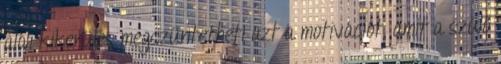
alóli kikerülés megszüntetheti azt a motivációt, amit a szülő